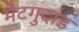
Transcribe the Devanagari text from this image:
मेटगुदाड